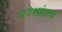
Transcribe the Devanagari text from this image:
प्रदेशांतच